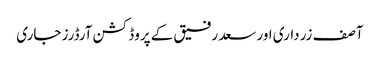
آصف زرداری اور سعد رفیق کے پروڈکشن آرڈرز جاری